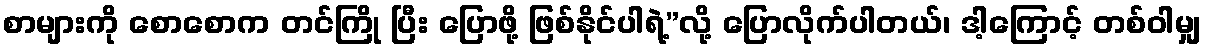
စာများကို စောစောက တင်ကြို ပြီး ပြောဖို့ ဖြစ်နိုင်ပါရဲ့”လို့ ပြောလိုက်ပါတယ်၊ ဒါ့ကြောင့် တစ်ဝါမျှ